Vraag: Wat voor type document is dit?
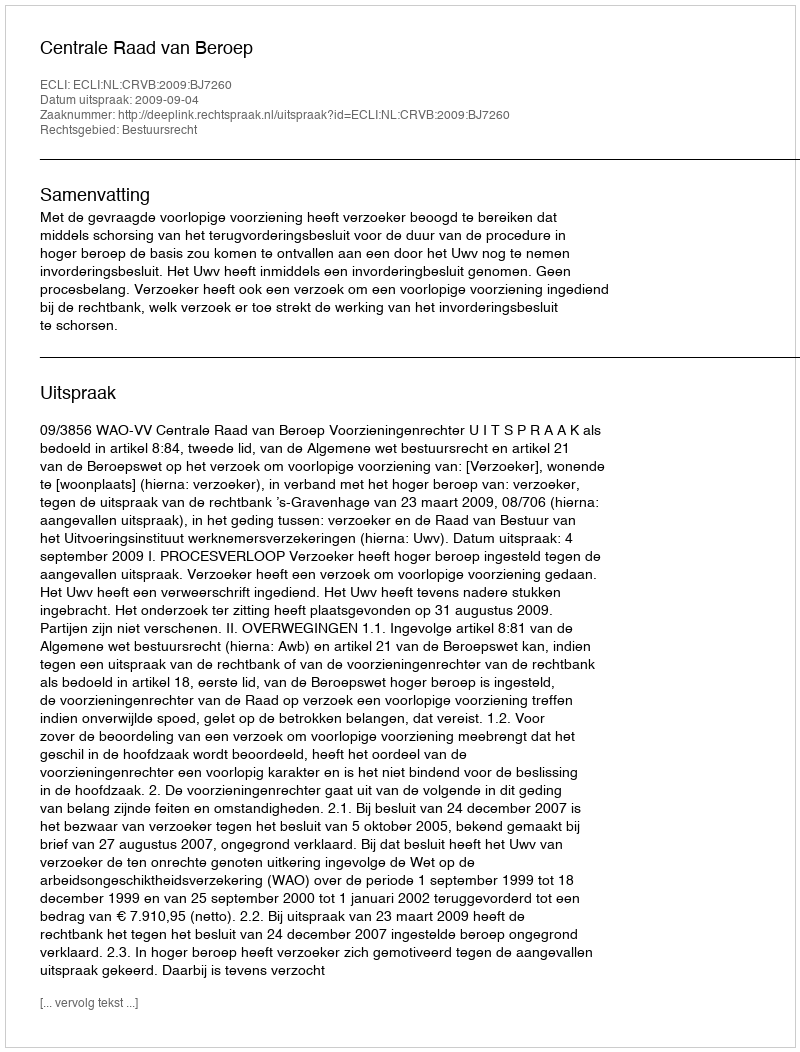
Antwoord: Uitspraak